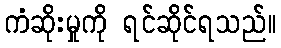
ကံဆိုးမှုကို ရင်ဆိုင်ရသည်။